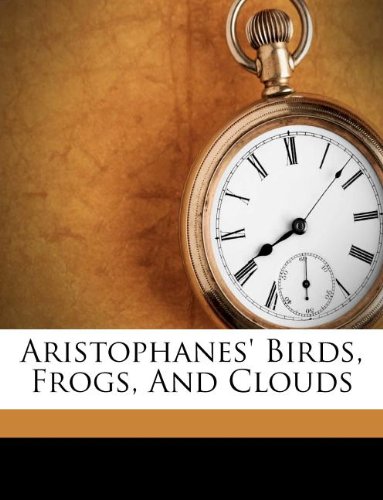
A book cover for Aristophanes' Birds, Frogs, And Clouds; Literature & Fiction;